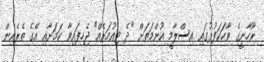
ރޫހާނީގެ ވާހަކަފުޅުގައި އިސްލާމީ އުންމަތަށް "ދެ ޓިއުމަރެއް" ޖެހިފައިވާ ކަމަށާއި އޭގެ ތެރެއިން